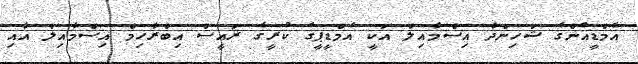
އެމްޑީއެންގެ ޝަހިންދާ އިސްމާއިލް އަކީ އެމްޑީޕީގެ ކުރީގެ ރައީސް އިބްރާހިމް އިސްމާއިލް އާއި